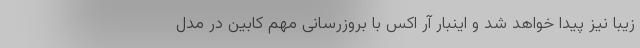
زیبا نیز پیدا خواهد شد و اینبار آر اکس با بروزرسانی مهم کابین در مدل